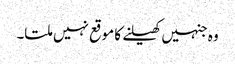
وہ جنہیں کھیلنے کا موقع نہیں ملتا۔